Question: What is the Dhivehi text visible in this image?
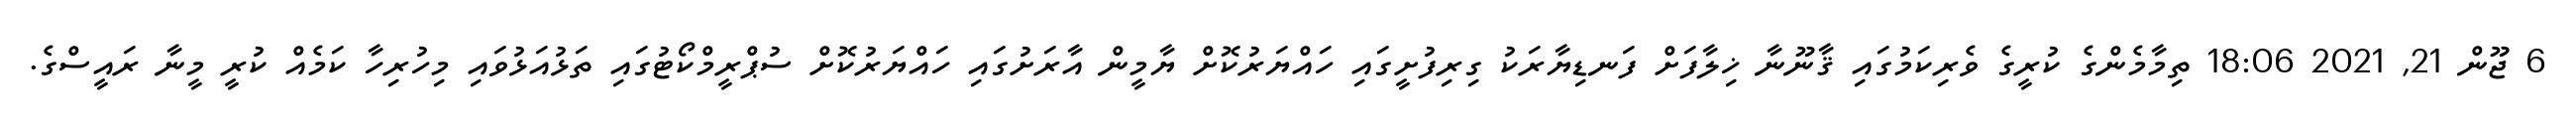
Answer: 6 ޖޫން 21, 2021 18:06 ތިމާމެންގެ ކުރީގެ ވެރިކަމުގައި ޤާނޫނާ ޚިލާފަށް ފަނޑިޔާރަކު ގިރިފުށީގައި ހައްޔަރުކޮށް ޔާމީން އާރަށުގައި ހައްޔަރުކޮށް ސުޕްރީމްކޯޓުގައި ތަޅުއަޅުވައި މިހުރިހާ ކަމެއް ކުރީ މީނާ ރައީސްގެ.